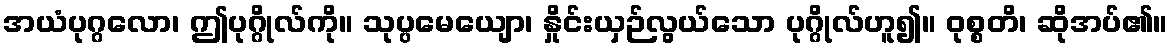
အယံပုဂ္ဂလော၊ ဤပုဂ္ဂိုလ်ကို။ သုပ္ပမေယျော၊ နှိုင်းယှဉ်လွယ်သော ပုဂ္ဂိုလ်ဟူ၍။ ဝုစ္စတိ၊ ဆိုအပ်၏။